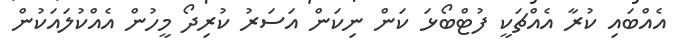
އެއްބައި ކުރާ އެއްޗަކީ ފުޓްބޯޅަ ކަން ނިކަން އަސަރު ކުރިދޯ މީހުން އެއްކުލައަކުން